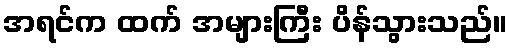
အရင်က ထက် အများကြီး ပိန်သွားသည်။